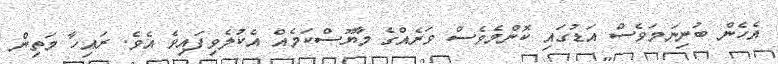
އެހެން ބުނިނަމަވެސް އަޑުގައި ކޮންމެވެސް ވަރެއްގެ މާޔޫސްކަމެއް އެކުލެވިފައިވެ އެވެ. ރައިހާ މަތިން